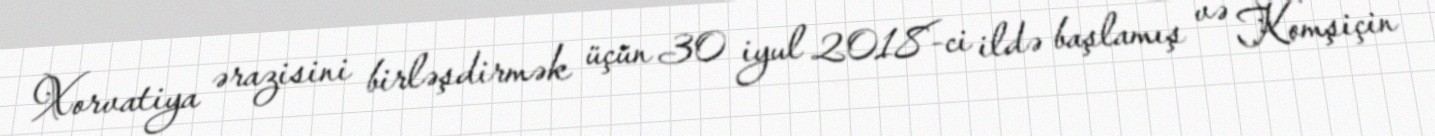
Xorvatiya ərazisini birləşdirmək üçün 30 iyul 2018-ci ildə başlamış və Komşiçin